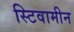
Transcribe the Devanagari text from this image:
स्टिवामीन